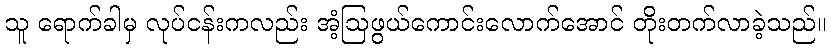
သူ ရောက်ခါမှ လုပ်ငန်းကလည်း အံ့ဩဖွယ်ကောင်းလောက်အောင် တိုးတက်လာခဲ့သည်။